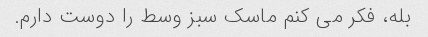
بله، فکر می کنم ماسک سبز وسط را دوست دارم.